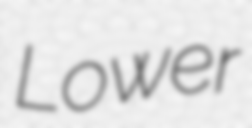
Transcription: Lower